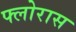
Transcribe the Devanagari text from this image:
फ्लोरास